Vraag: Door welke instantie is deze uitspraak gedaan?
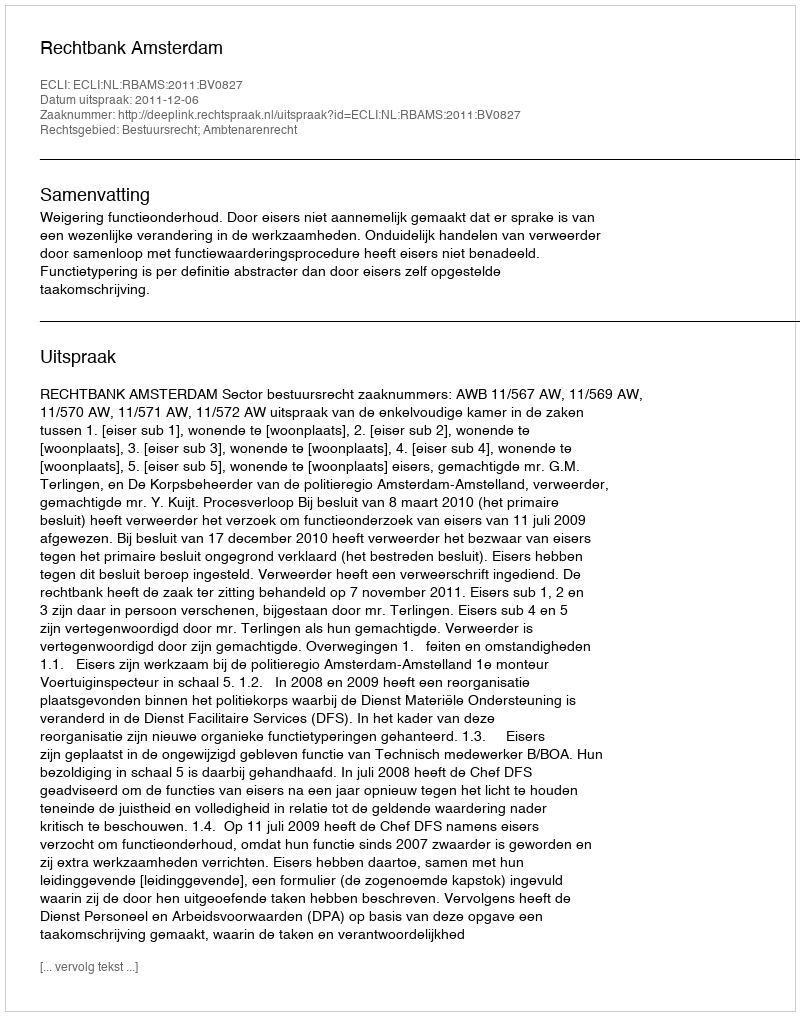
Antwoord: Rechtbank Amsterdam